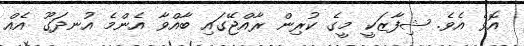
އޮވެ އެވެ. ޝިފާޒަކީ މީގެ ކުރިން ރާއްޖޭގައި ބާއްވާ އެންމެ އުނދަގޫ އެއް